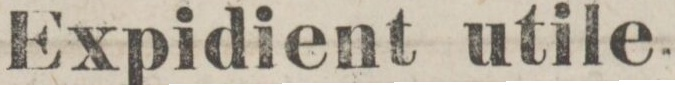
Expidient utile.